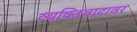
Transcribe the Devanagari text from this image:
व्यक्तिवादावर